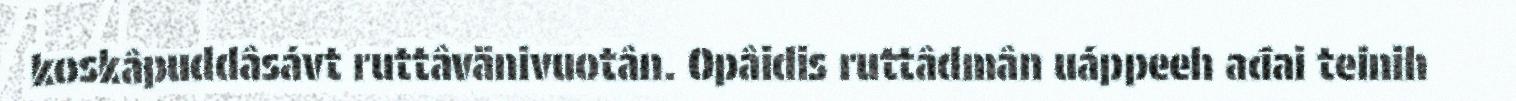
koskâpuddâsávt ruttâvänivuotân. Opâidis ruttâdmân uáppeeh ađai teinih